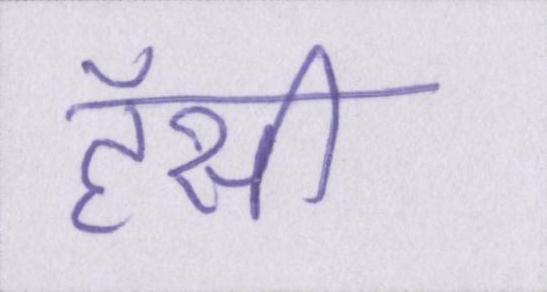
हॅसी